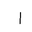
Letter: _alif